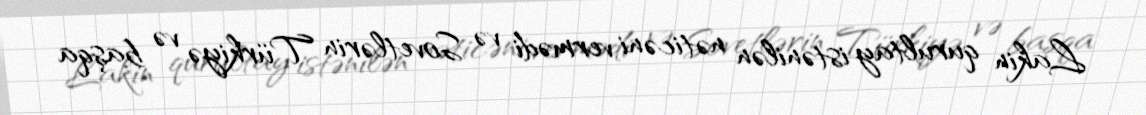
Lakin qurultay istənilən nəticəni vermədi və Sovetlərin Türkiyə və başqa